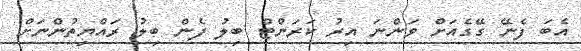
އެބަ ފެނޭ ގޭގެއަށް ވަންނަ އިރު ކަރަންޓް ބިލު ފެން ބިލު ރައްޔިތުންނަށް